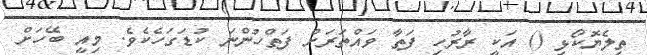
ތިލެޔޮކޯޅި () އަކީ ރާރުހި ފަތާ ވައްތަރަށް ފަތްހުންނަ ކުޑަގަހެކެވެ. މިއީ ބޭހަށް